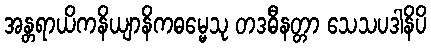
အန္တရာယိကနိယျာနိကဓမ္မေသု တဒဓီနတ္တာ သေသပဒါနိပိ